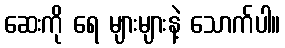
ဆေးကို ရေ များများနဲ့ သောက်ပါ။